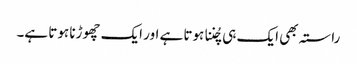
راستہ بھی ایک ہی چُننا ہوتا ہے اور ایک چھوڑنا ہوتا ہے۔